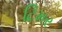
ટિમર